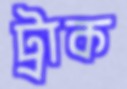
ট্রাক